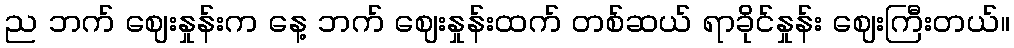
ည ဘက် ဈေးနှုန်းက နေ့ ဘက် ဈေးနှုန်းထက် တစ်ဆယ် ရာခိုင်နှုန်း ဈေးကြီးတယ်။